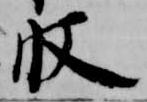
収